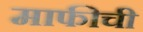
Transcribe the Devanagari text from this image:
माफीची